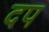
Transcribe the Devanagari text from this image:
दप